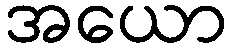
အယော